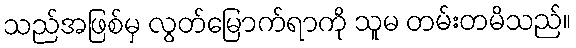
သည်အဖြစ်မှ လွတ်မြောက်ရာကို သူမ တမ်းတမိသည်။